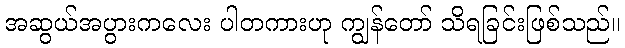
အဆွယ်အပွားကလေး ပါတကားဟု ကျွန်တော် သိရခြင်းဖြစ်သည်။